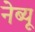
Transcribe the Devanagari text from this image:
नेब्यू